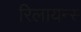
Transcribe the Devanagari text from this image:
रिलायन्स्‍